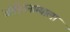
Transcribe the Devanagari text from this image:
जाहिरनाम्याला